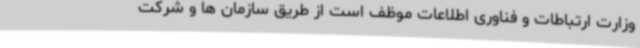
وزارت ارتباطات و فناوری اطلاعات موظف است از طریق سازمان ها و شرکت